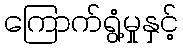
ကြောက်ရွံ့မှုနှင့်